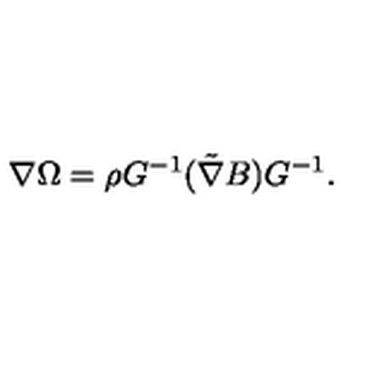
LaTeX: \nabla \Omega = \rho G ^ { - 1 } ( \tilde { \nabla } B ) G ^ { - 1 } .